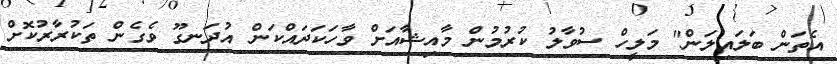
އެތަން ބަލައިލަން" މަލީހް ސުވާލު ކުރުމުން މާއިޝާއަށް ވާހަކަދައްކަން އުދަނގޫ ވެގެން ތަކުރާރުކޮށް